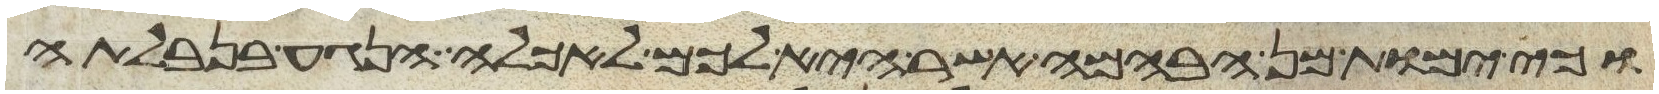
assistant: וכי ימות מן הבהמה אשר היא לכם לאכלה הנגע בנבלתה